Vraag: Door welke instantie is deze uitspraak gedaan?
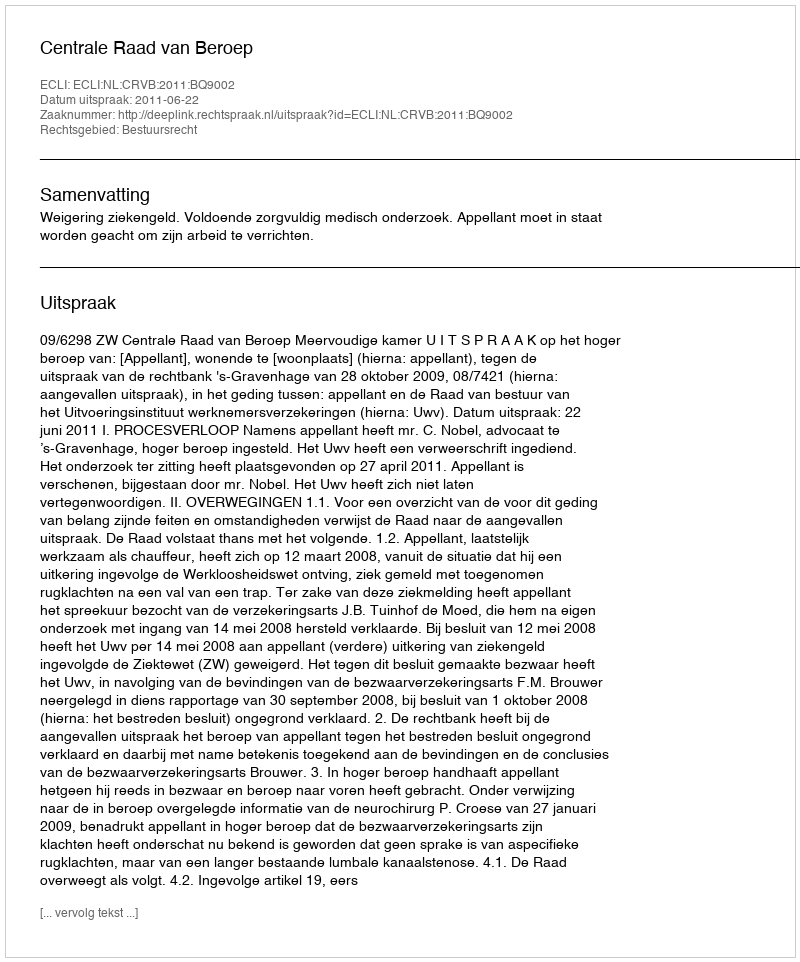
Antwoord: Centrale Raad van Beroep